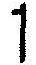
1